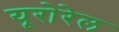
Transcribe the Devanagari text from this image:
यूरोरेल